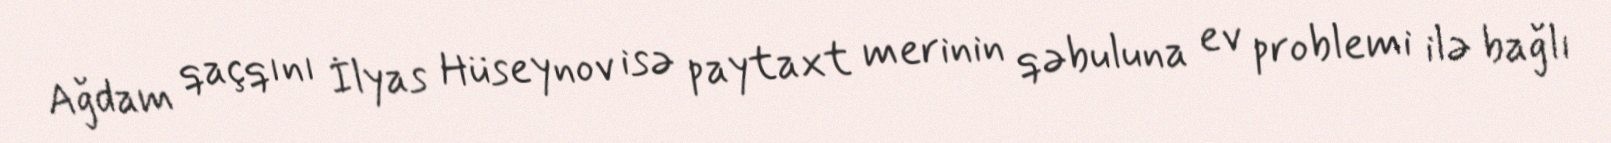
Ağdam qaçqını İlyas Hüseynov isə paytaxt merinin qəbuluna ev problemi ilə bağlı